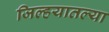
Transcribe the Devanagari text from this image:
जिल्हयातल्या